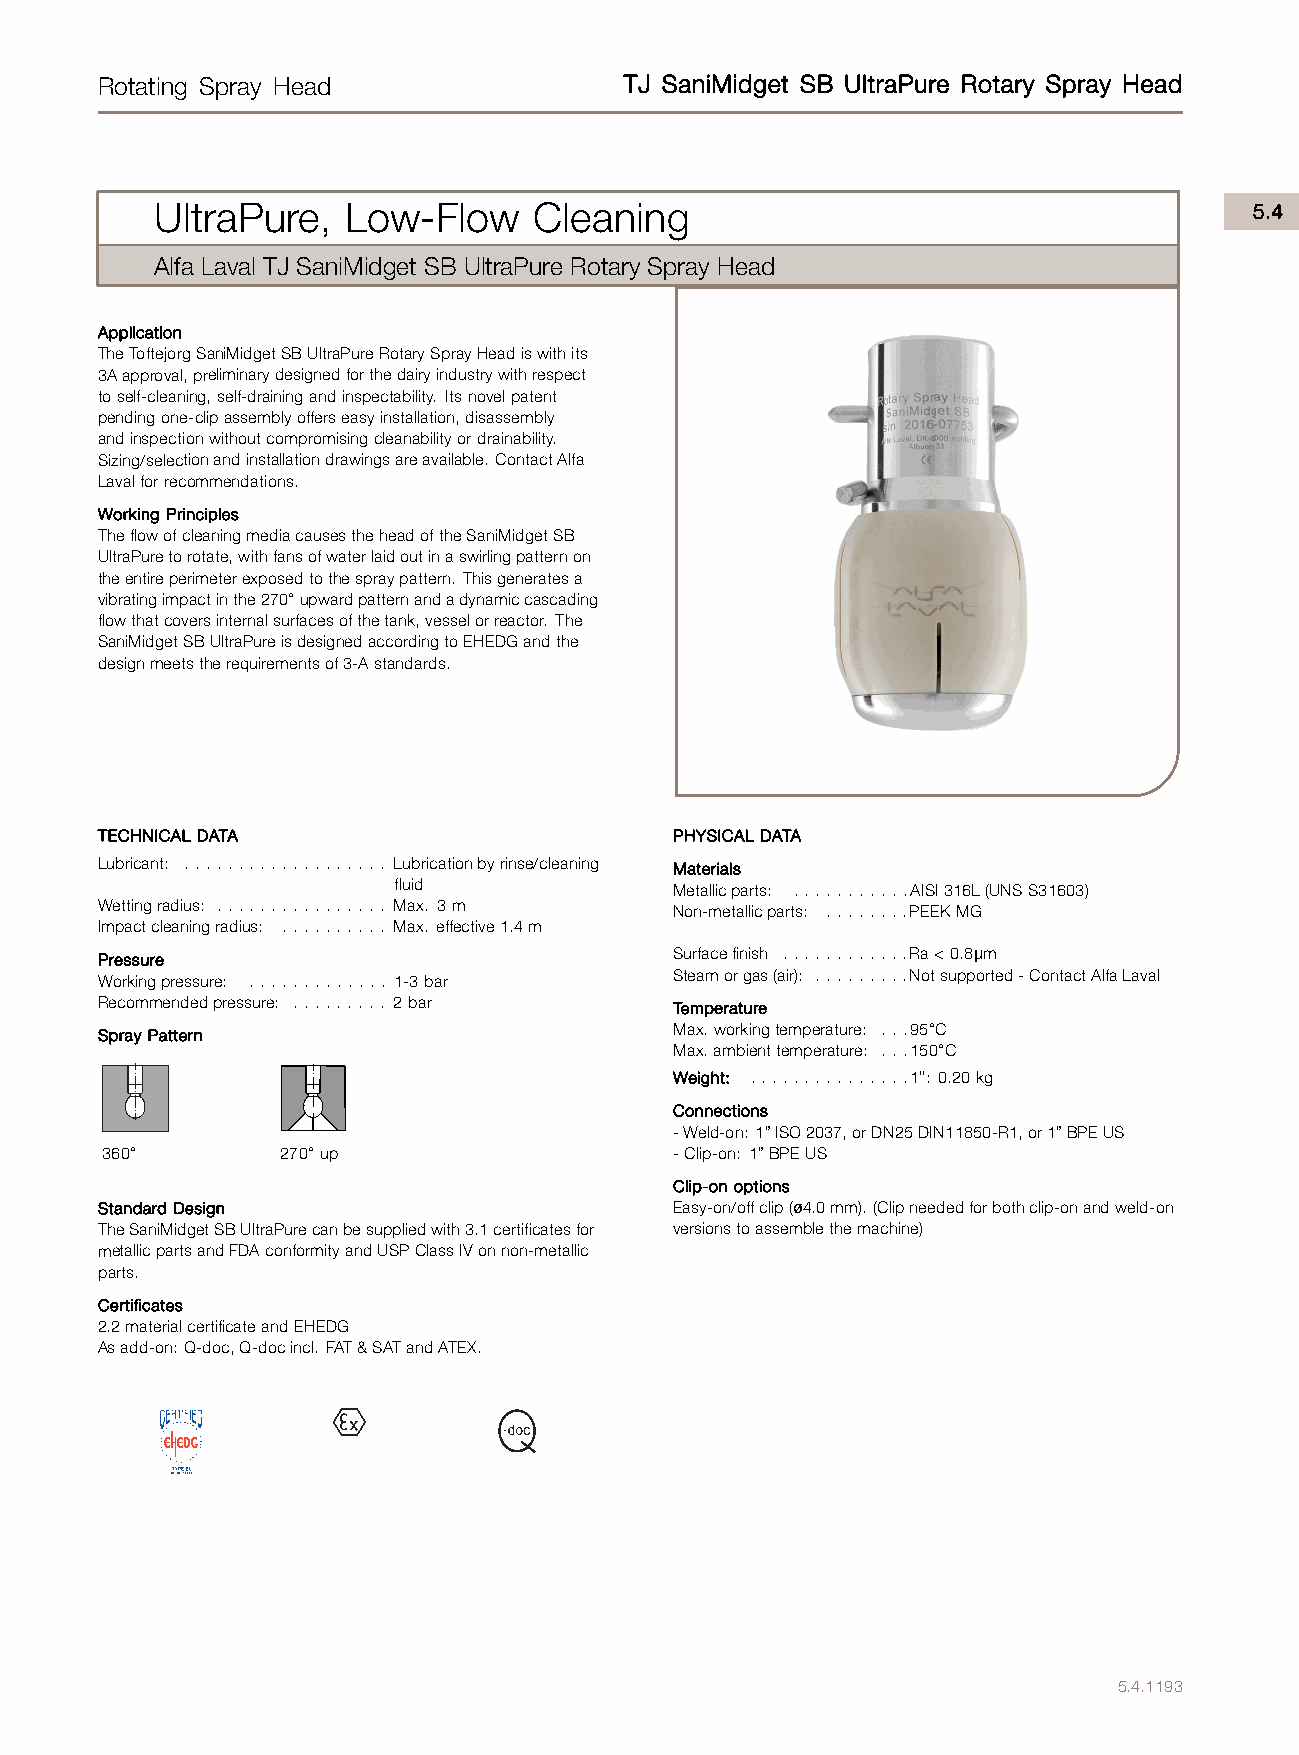
Rotating Spray Head                TJ SaniMidget SB UltraPure Rotary Spray Head
 .
 ky
 UltraPure,   Low-Flow     Cleaning                                       5.4
 Alfa Laval TJ SaniMidget SB UltraPure Rotary Spray Head
 Application
 TheToftejorgSaniMidgetSBUltraPureRotarySprayHeadiswithits
 3Aapproval,preliminarydesignedforthedairyindustrywithrespect
 toself-cleaning,self-drainingandinspectability. Itsnovelpatent
 pendingone-clipassemblyofferseasyinstallation,disassembly
 andinspectionwithoutcompromisingcleanabilityordrainability.
 Sizing/selectionandinstallationdrawingsareavailable. ContactAlfa
 Lavalforrecommendations.
 Working Principles
 TheflowofcleaningmediacausestheheadoftheSaniMidgetSB
 UltraPuretorotate,withfansofwaterlaidoutinaswirlingpatternon
 theentireperimeterexposedtothespraypattern. Thisgeneratesa
 vibratingimpactinthe270°upwardpatternandadynamiccascading
 flowthatcoversinternalsurfacesofthetank,vesselorreactor. The
 SaniMidgetSBUltraPureisdesignedaccordingtoEHEDGandthe
 designmeetstherequirementsof3-Astandards.
 .TECHNICAL DATA                       PHYSICAL DATA
 Lubricant: .. . .. .. .. .. .. .. .. . . Lubricationbyrinse/cleaning Materials
 fluid              Metallicparts: .. .. .. . .. ..AISI316L(UNSS31603)
 Wettingradius: .. .. .. .. .. .. .. . . Max. 3m Non-metallicparts: . .. . .. ..PEEKMG
 Impactcleaningradius: .. .. .. .. . . Max. effective1.4m
 Pressure                              Surfacefinish . .. .. .. . .. ..Ra<0.8µm
 Workingpressure: . .. .. .. .. .. . . 1-3bar Steamorgas(air): .. .. . .. ..Notsupported-ContactAlfaLaval
 Recommendedpressure: . .. .. .. . . 2bar Temperature
 Spray Pattern                         Max.workingtemperature: . ..95°C
 Max.ambienttemperature: . ..150°C
 Weight: .. .. .. .. .. . .. ..1": 0.20kg
 Connections
 -Weld-on: 1”ISO2037,orDN25DIN11850-R1,or1”BPEUS
 360°        270°up                    -Clip-on: 1”BPEUS
 Clip-on options
 Standard Design                       Easy-on/offclip(ø4.0mm). (Clipneededforbothclip-onandweld-on
 TheSaniMidgetSBUltraPurecanbesuppliedwith3.1certificatesfor versionstoassemblethemachine)
 metallicpartsandFDAconformityandUSPClassIVonnon-metallic
 parts.
 Certificates
 2.2materialcertificateandEHEDG
 Asadd-on: Q-doc,Q-docincl. FAT&SATandATEX.
 .
 OCTOBER 2008
 5.4.1193